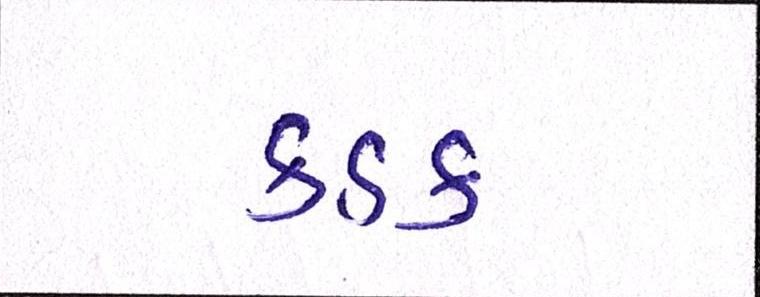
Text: કડક